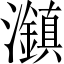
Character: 𤄱